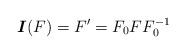
LaTeX: \begin{align*}\mbox{\boldmath$I$}(F)=F'=F_0 F F^{-1}_0\end{align*}